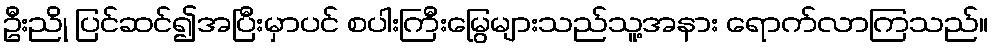
ဦးညို ပြင်ဆင်၍အပြီးမှာပင် စပါးကြီးမြွေများသည်သူ့အနား ရောက်လာကြသည်။